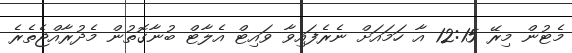
މެޓުން މިރޭ 12:15 އާ ހަމައަށް ނެރެފައިވާ ވައިޓް އެލާޓް ބުނާގޮތުން މެދުރާއްޖެތެރެ